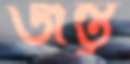
জন্তু